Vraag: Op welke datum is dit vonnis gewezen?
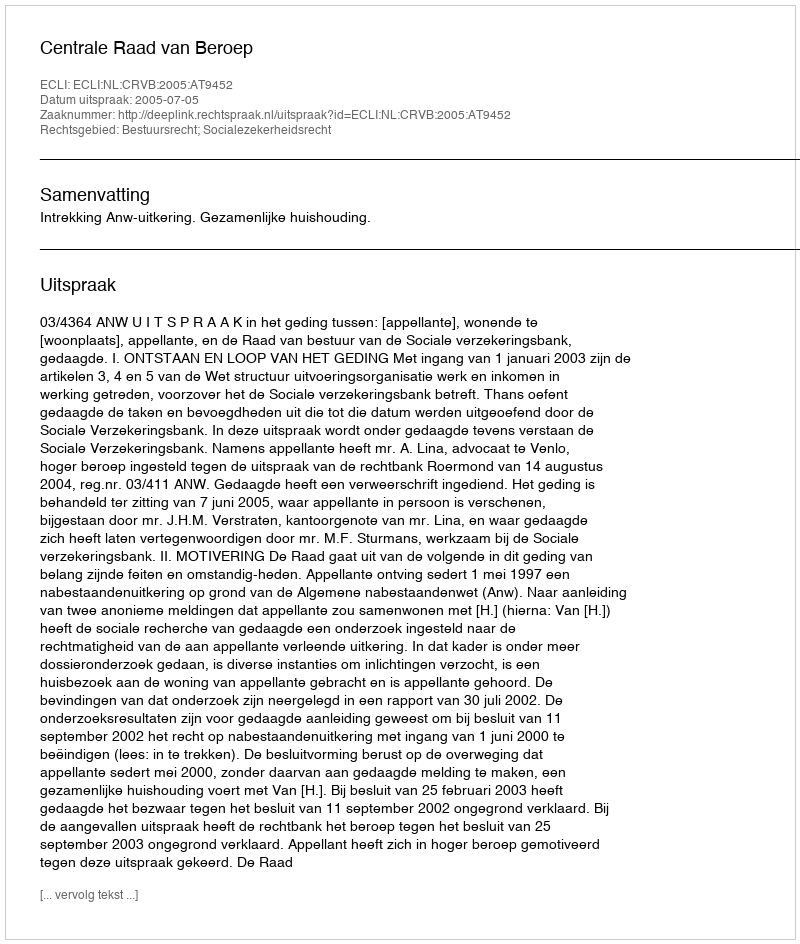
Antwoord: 2005-07-05